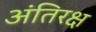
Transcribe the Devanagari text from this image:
अंतिरक्ष